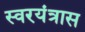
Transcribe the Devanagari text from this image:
स्वरयंत्रास